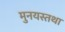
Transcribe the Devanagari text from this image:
मुनयस्तथा